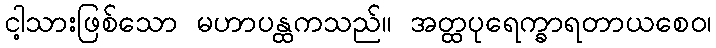
ငါ့သားဖြစ်သော မဟာပန္ထကသည်။ အတ္ထပုရေက္ခာရတာယစေဝ၊